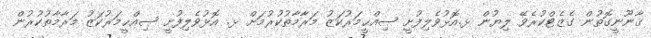
ޤާނޫނީގޮތުން ގެޒެޓްކުރެވޭ ލިޔުން ޅ.އޮޅުވެލިފުށީ ޞިއްޙީމަރުކަޒު މަރާމާތުކުރުމަށް ޅ. އޮޅުވެލިފުށީ ޞިއްޙީމަރުކަޒު މަރާމާތުކުރުން